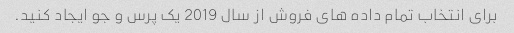
برای انتخاب تمام داده های فروش از سال 2019 یک پرس و جو ایجاد کنید.